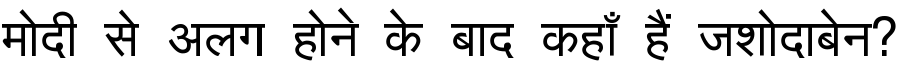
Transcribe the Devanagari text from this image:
मोदी से अलग होने के बाद कहाँ हैं जशोदाबेन?